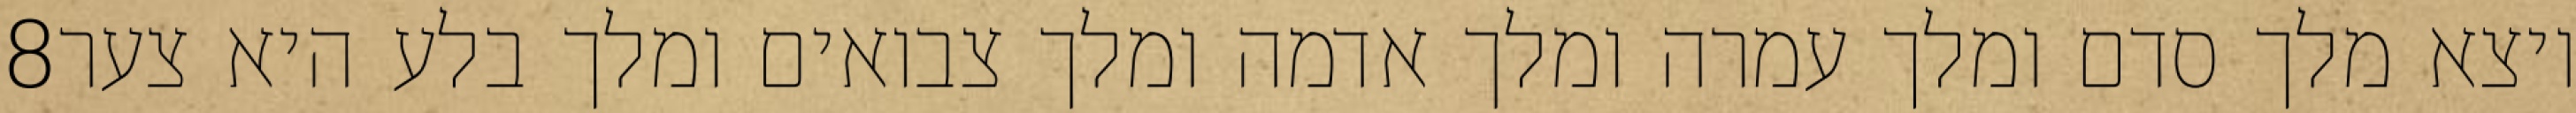
‎8‏ ויצא מלך סדם ומלך עמרה ומלך אדמה ומלך צבואים ומלך בלע היא צער